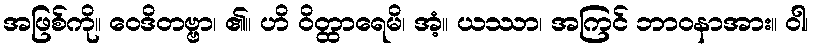
အဖြစ်ကို။ ဝေဒိတဗ္ဗာ၊ ၏။ ဟိ ဝိတ္ထာရေမိ၊ အံ့။ ယဿာ၊ အကြင် ဘာဝနာအား။ ဝါ၊